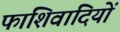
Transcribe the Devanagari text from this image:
फाशिवादियों